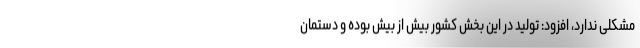
مشکلی ندارد، افزود: تولید در این بخش کشور بیش از بیش بوده و دستمان